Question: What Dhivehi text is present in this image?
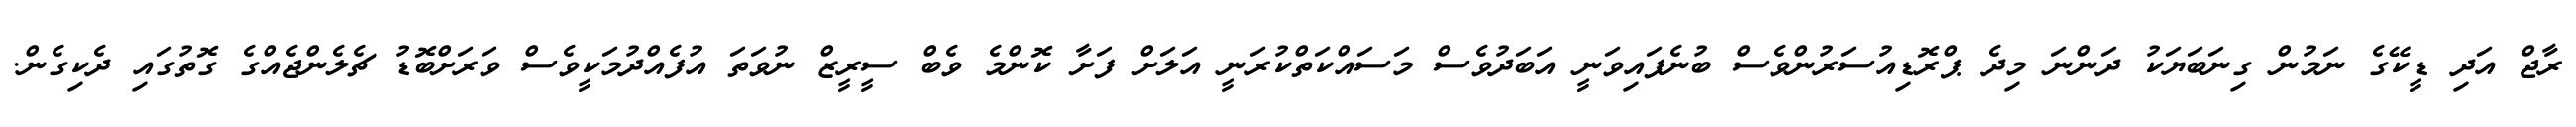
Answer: ރާޖް އަދި ޑީކޭގެ ނަމުން ގިނަބަޔަކު ދަންނަ މިދެ ޕްރޮޑިއުސަރުންވެސް ބުނެފައިވަނީ އަބަދުވެސް މަސައްކަތްކުރަނީ އަލަށް ފަށާ ކޮންމެ ވެބް ސީރީޒް ނުވަތަ އުފެއްދުމަކީވެސް ވަރަށްބޮޑު ޗެލެންޖެއްގެ ގޮތުގައި ދެކިގެން.